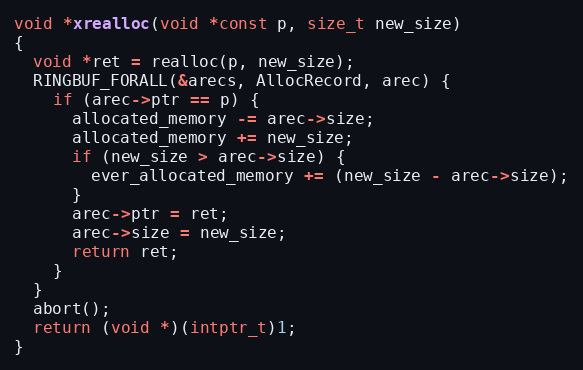
Language: C
void *xrealloc(void *const p, size_t new_size)
{
  void *ret = realloc(p, new_size);
  RINGBUF_FORALL(&arecs, AllocRecord, arec) {
    if (arec->ptr == p) {
      allocated_memory -= arec->size;
      allocated_memory += new_size;
      if (new_size > arec->size) {
        ever_allocated_memory += (new_size - arec->size);
      }
      arec->ptr = ret;
      arec->size = new_size;
      return ret;
    }
  }
  abort();
  return (void *)(intptr_t)1;
}